Annual report of the Punjab Veterinary College and of the Civil Veterinary Department, Punjab - 1909-1919
Year: 1909
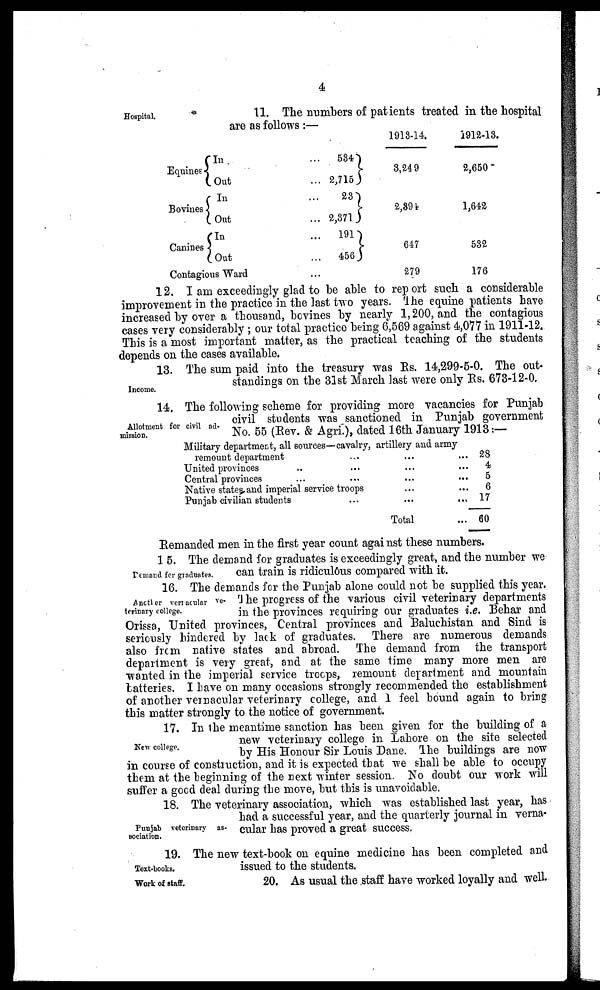
4
Hospital.
11. The numbers of patients treated in the hospital
are as follows:—
Equines
Bovines
Canines
In ...
Out ...
In ...
Out ...
In ...
Out ...
Contagious Ward ...
534
2,715
23
2,371
191
456
1913-14.
3,249
2,894
647
279
1912-13.
2,650
1,642
532
176
12. I am exceedingly glad to be able to report such a considerable
improvement in the practice in the last two years. The equine patients have
increased by over a thousand, bovines by nearly 1,200, and the contagious
cases very considerably; our total practice being 6,569 against 4,077 in 1911-12.
This is a most important matter, as the practical teaching of the students
depends on the cases available.
Income.
13. The sum paid into the treasury was Rs. 14,299-5-0. The out-
standings on the 31st March last were only Rs. 673-12-0.
Allotment for civil ad-
mission.
14. The following scheme for providing more vacancies for Punjab
civil students was sanctioned in Punjab government
No. 55 (Rev. & Agri.), dated 16th January 1913:—
Military department, all sources—cavalry, artillery and army
remount department ... ... ...
United provinces ... ... ... ...
Central provinces ... ... ... ...
Native states and imperial service troops ... ...
Punjab civilian students ... ... ...
Total ...
28
4
5
6
17
60
Remanded men in the first year count against these numbers.
Demand for graduates.
1 5. The demand for graduates is exceedingly great, and the number we
can train is ridiculous compared with it.
Another vernacular ve-
terinary college.
16. The demands for the Punjab alone could not be supplied this year.
The progress of the various civil veterinary departments
in the provinces requiring our graduates i.e. Behar and
Orissa, United provinces, Central provinces and Baluchistan and Sind is
seriously hindered by lack of graduates. There are numerous demands
also from native states and abroad. The demand from the transport
department is very great, and at the same time many more men are
wanted in the imperial service troops, remount department and mountain
batteries. I have on many occasions strongly recommended the establishment
of another vernacular veterinary college, and 1 feel bound again to bring
this matter strongly to the notice of government.
New college.
17. In the meantime sanction has been given for the building of a
new veterinary college in Lahore on the site selected
by His Honour Sir Louis Dane. The buildings are now
in course of construction, and it is expected that we shall be able to occupy
them at the beginning of the next winter session. No doubt our work will
suffer a good deal during the move, but this is unavoidable.
Punjab veterinary as-
sociation.
18. The veterinary association, which was established last year, has
had a successful year, and the quarterly journal in verna-
cular has proved a great success.
Text-books.
19. The new text-book on equine medicine has been completed and
issued to the students.
Work of staff.
20. As usual the staff have worked loyally and well.